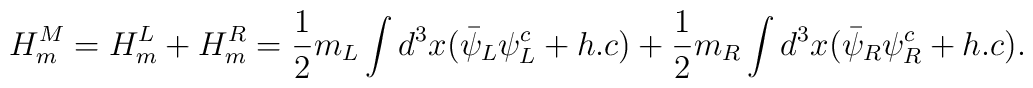
H_m^M=H_m^L+H_m^R=\frac{1}{2}m_L\int d^3{x}(\bar{\psi}_L\psi_L^c+h.c)+\frac{1}{2}m_R\int d^3{x} (\bar{\psi}_R\psi_R^c+h.c) .